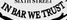
IN BAR WE TRUST